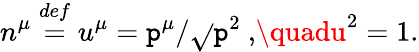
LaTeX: n^{\mu}\stackrel{def}{=}u^{\mu}=\mathtt{p}^{\mu}/\sqrt{}{{\mathtt{p}^{2}}}\mathrm{{~,}}\quadu^{2}=1\mathrm{{.}}